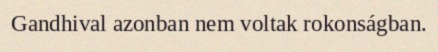
Gandhival azonban nem voltak rokonságban.